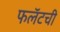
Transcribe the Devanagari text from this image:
फलॅटची